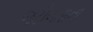
જટીલતાના